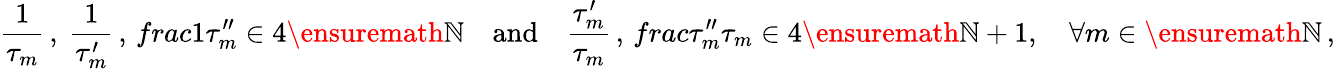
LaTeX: \frac{1}{\tau_{m}}\, ,\ \frac{1}{\tau_{m}^{\prime}}\, ,\, frac{1}{\tau_{m}^{\prime\prime}}\in 4\ensuremath{\mathbb{N}}\quad\mathrm{and}\quad\frac{\tau_{m}^{\prime}}{\tau_{m}}\, ,\, frac{\tau_{m}^{\prime\prime}}{\tau_{m}}\in 4\ensuremath{\mathbb{N}}+1,\quad\forall m\in\ensuremath{\mathbb{N}}\, ,